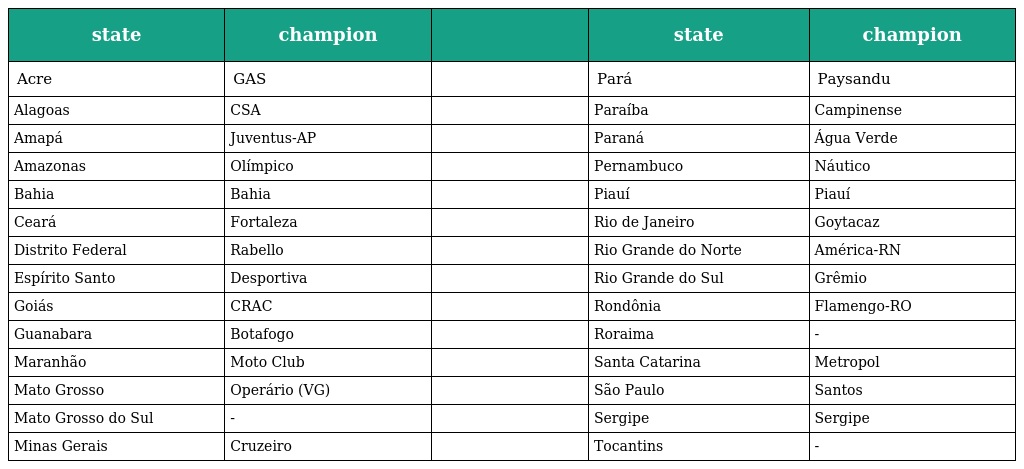
| state | champion |  | state | champion |
 | --- | --- | --- | --- | --- |
 | Acre | GAS |  | Pará | Paysandu |
 | Alagoas | CSA |  | Paraíba | Campinense |
 | Amapá | Juventus-AP |  | Paraná | Água Verde |
 | Amazonas | Olímpico |  | Pernambuco | Náutico |
 | Bahia | Bahia |  | Piauí | Piauí |
 | Ceará | Fortaleza |  | Rio de Janeiro | Goytacaz |
 | Distrito Federal | Rabello |  | Rio Grande do Norte | América-RN |
 | Espírito Santo | Desportiva |  | Rio Grande do Sul | Grêmio |
 | Goiás | CRAC |  | Rondônia | Flamengo-RO |
 | Guanabara | Botafogo |  | Roraima | - |
 | Maranhão | Moto Club |  | Santa Catarina | Metropol |
 | Mato Grosso | Operário (VG) |  | São Paulo | Santos |
 | Mato Grosso do Sul | - |  | Sergipe | Sergipe |
 | Minas Gerais | Cruzeiro |  | Tocantins | - |